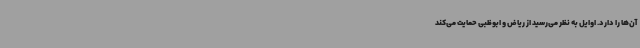
آن‌ها را دارد. اوایل به نظر می‌رسید از ریاض و ابوظبی حمایت می‌کند